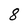
Character: 8